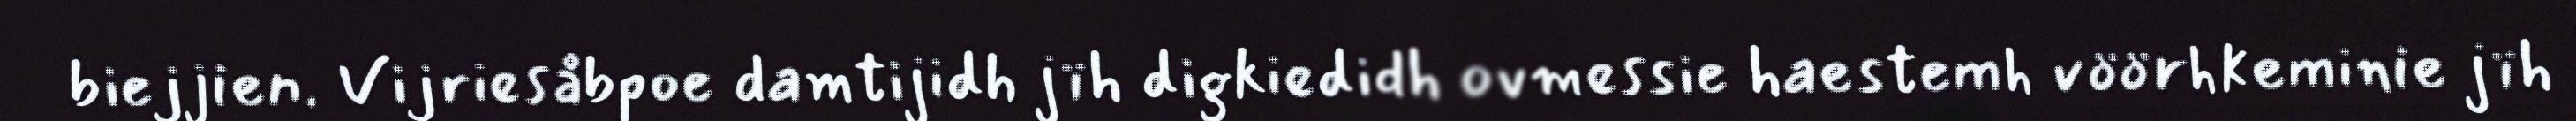
biejjien. Vijriesåbpoe damtijidh jïh digkiedidh ovmessie haestemh vöörhkeminie jïh